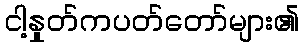
ငါ့နှုတ်ကပတ်တော်များ၏